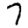
Digit: 7